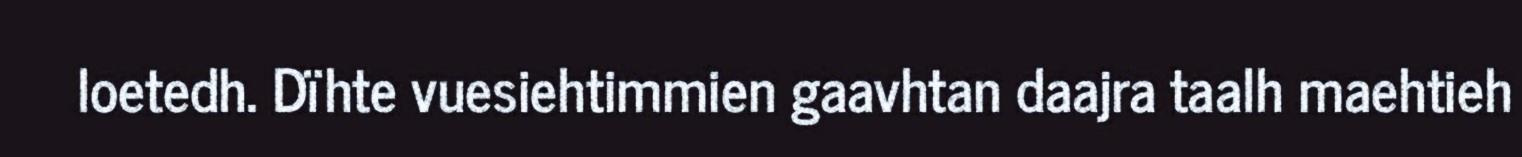
loetedh. Dïhte vuesiehtimmien gaavhtan daajra taalh maehtieh